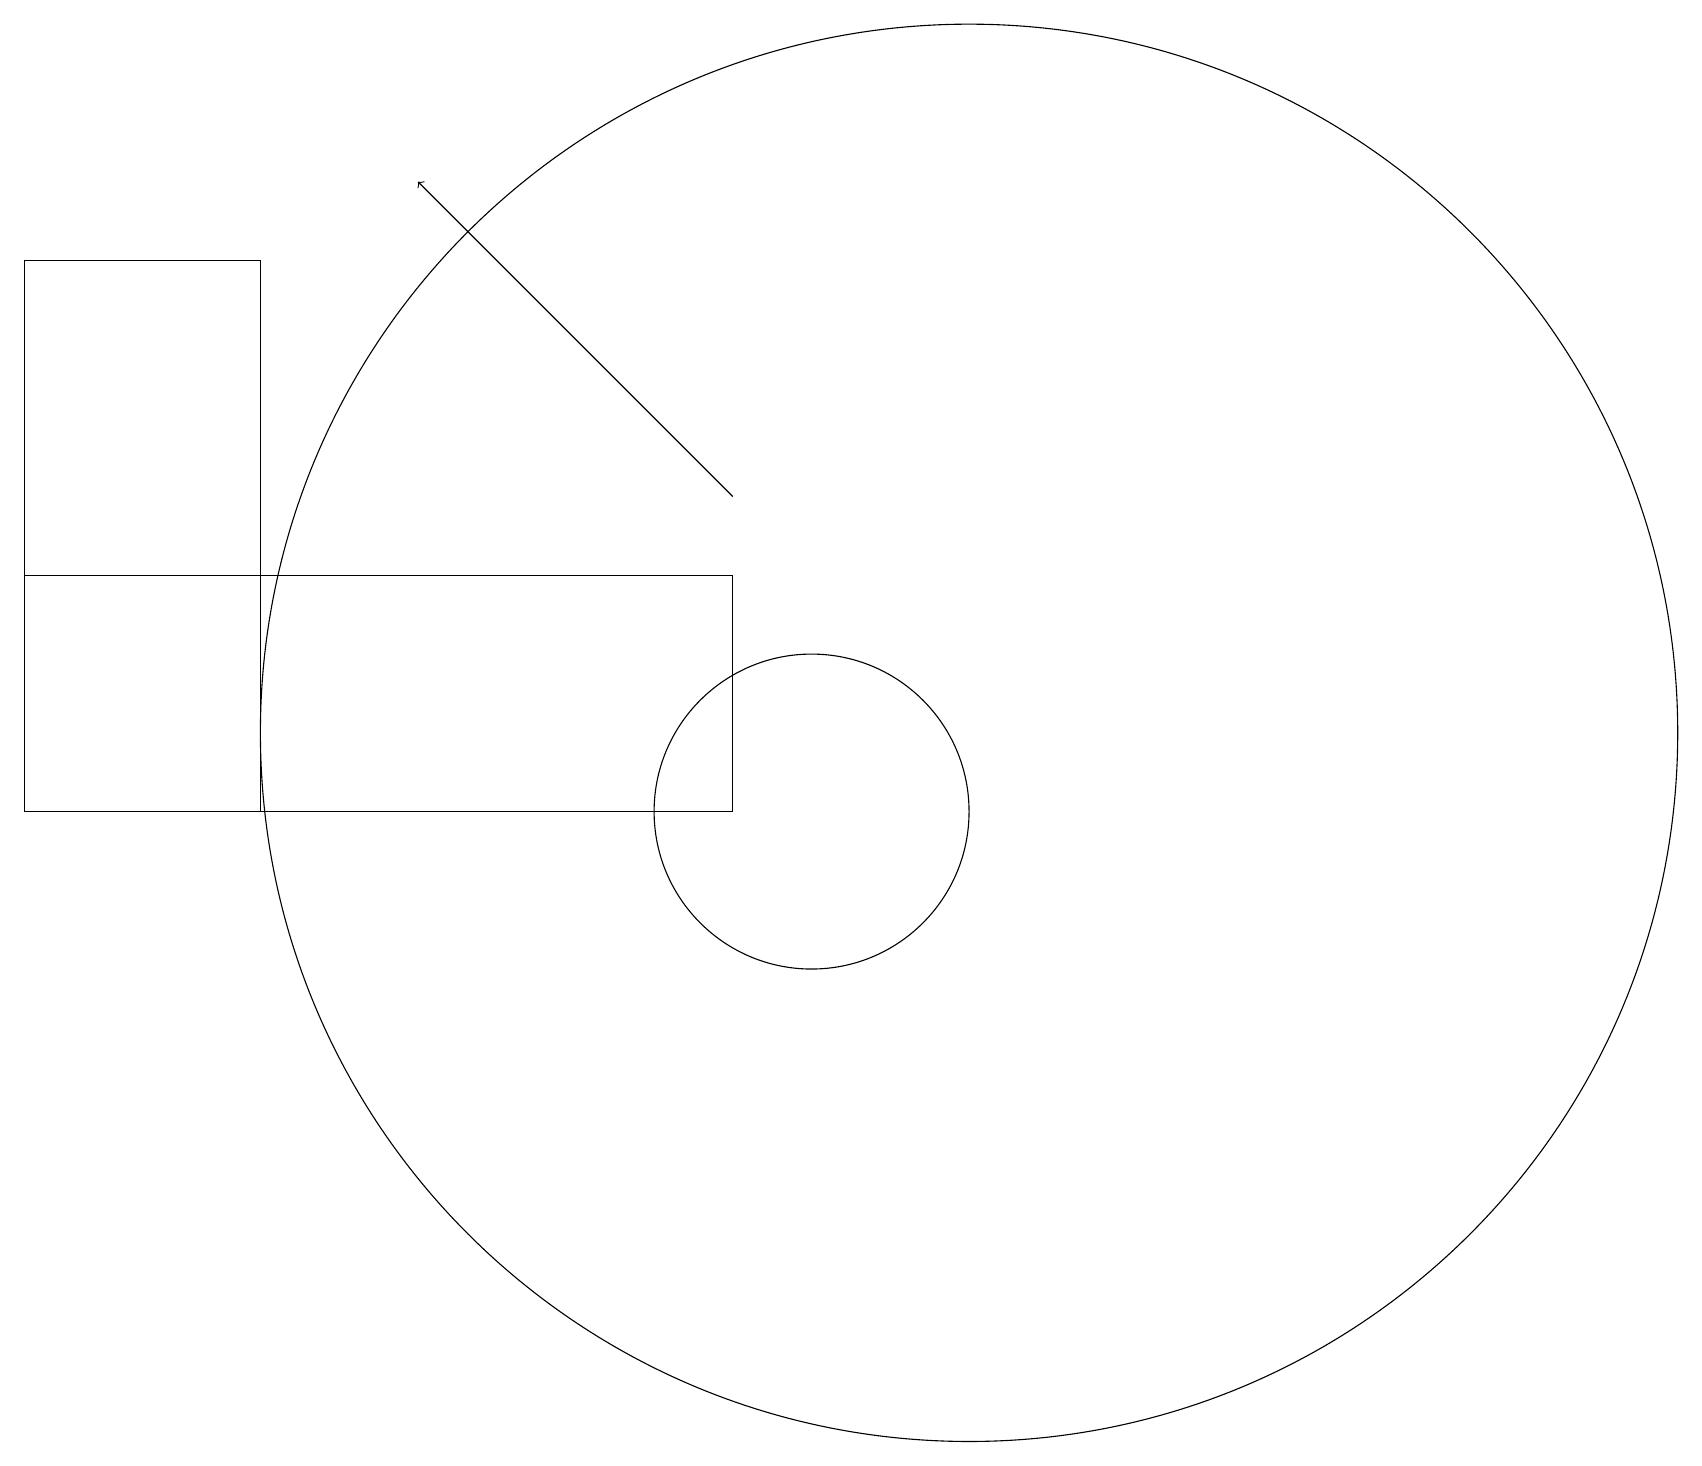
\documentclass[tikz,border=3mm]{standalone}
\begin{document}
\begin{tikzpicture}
\draw (0,11) rectangle (9,14);
\draw (12,12) circle (9);
\draw[->] (9,15) -- (5,19);
\draw (3,11) rectangle (0,18);
\draw (10,11) circle (2);
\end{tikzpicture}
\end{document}